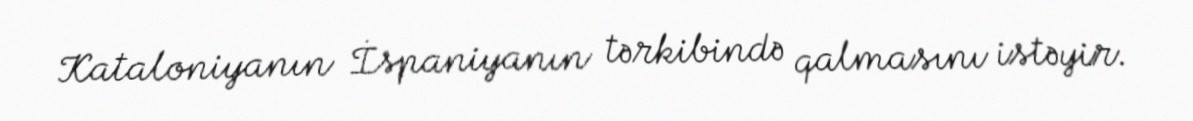
Kataloniyanın İspaniyanın tərkibində qalmasını istəyir.